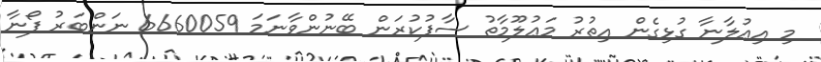
މި އިޢުލާނާ ގުޅިގެން އިތުރު މަޢުލޫމާތު ސާފުކުރަން ބޭނުންވާނަމަ 6660059 ނަންބަރު ފޯނާ